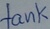
Text: tank